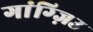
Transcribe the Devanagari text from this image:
गांग्ज़िउ